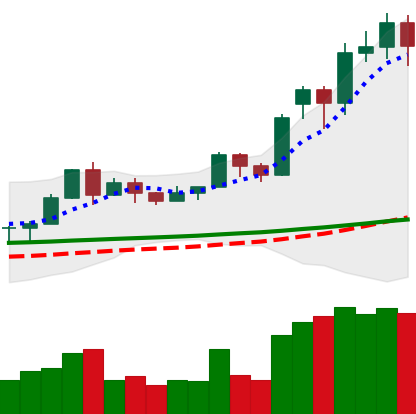
Ticker: LTC-USD
Chart end date: 2020-11-22
Forward return: -16.42%
Label: down_7plus